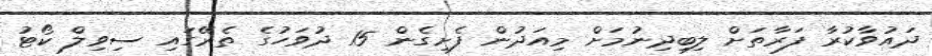
ދައުވާކުރާ ފަރާތަށް ލިބިދިނުމަށް މިއަދުން ފެށިގެން 15 ދުވަހުގެ ތެރޭގައި ސިވިލް ކޯޓު